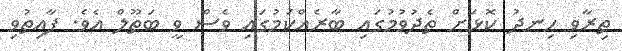
ތިރާވި ހިނދު ކޮޅަށް ތެދުވުމުގައި ބާރެއްކަމުގައި ވެސް ވީ ބަތޫލް އެވެ. ފާއިތުވި